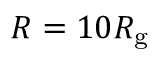
R = 1 0 R _ { \mathrm { g } }